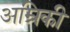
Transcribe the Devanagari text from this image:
अम्रिकी